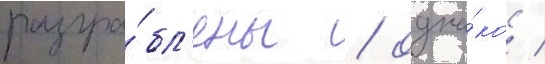
разгра́бл'ены / одна́ко /